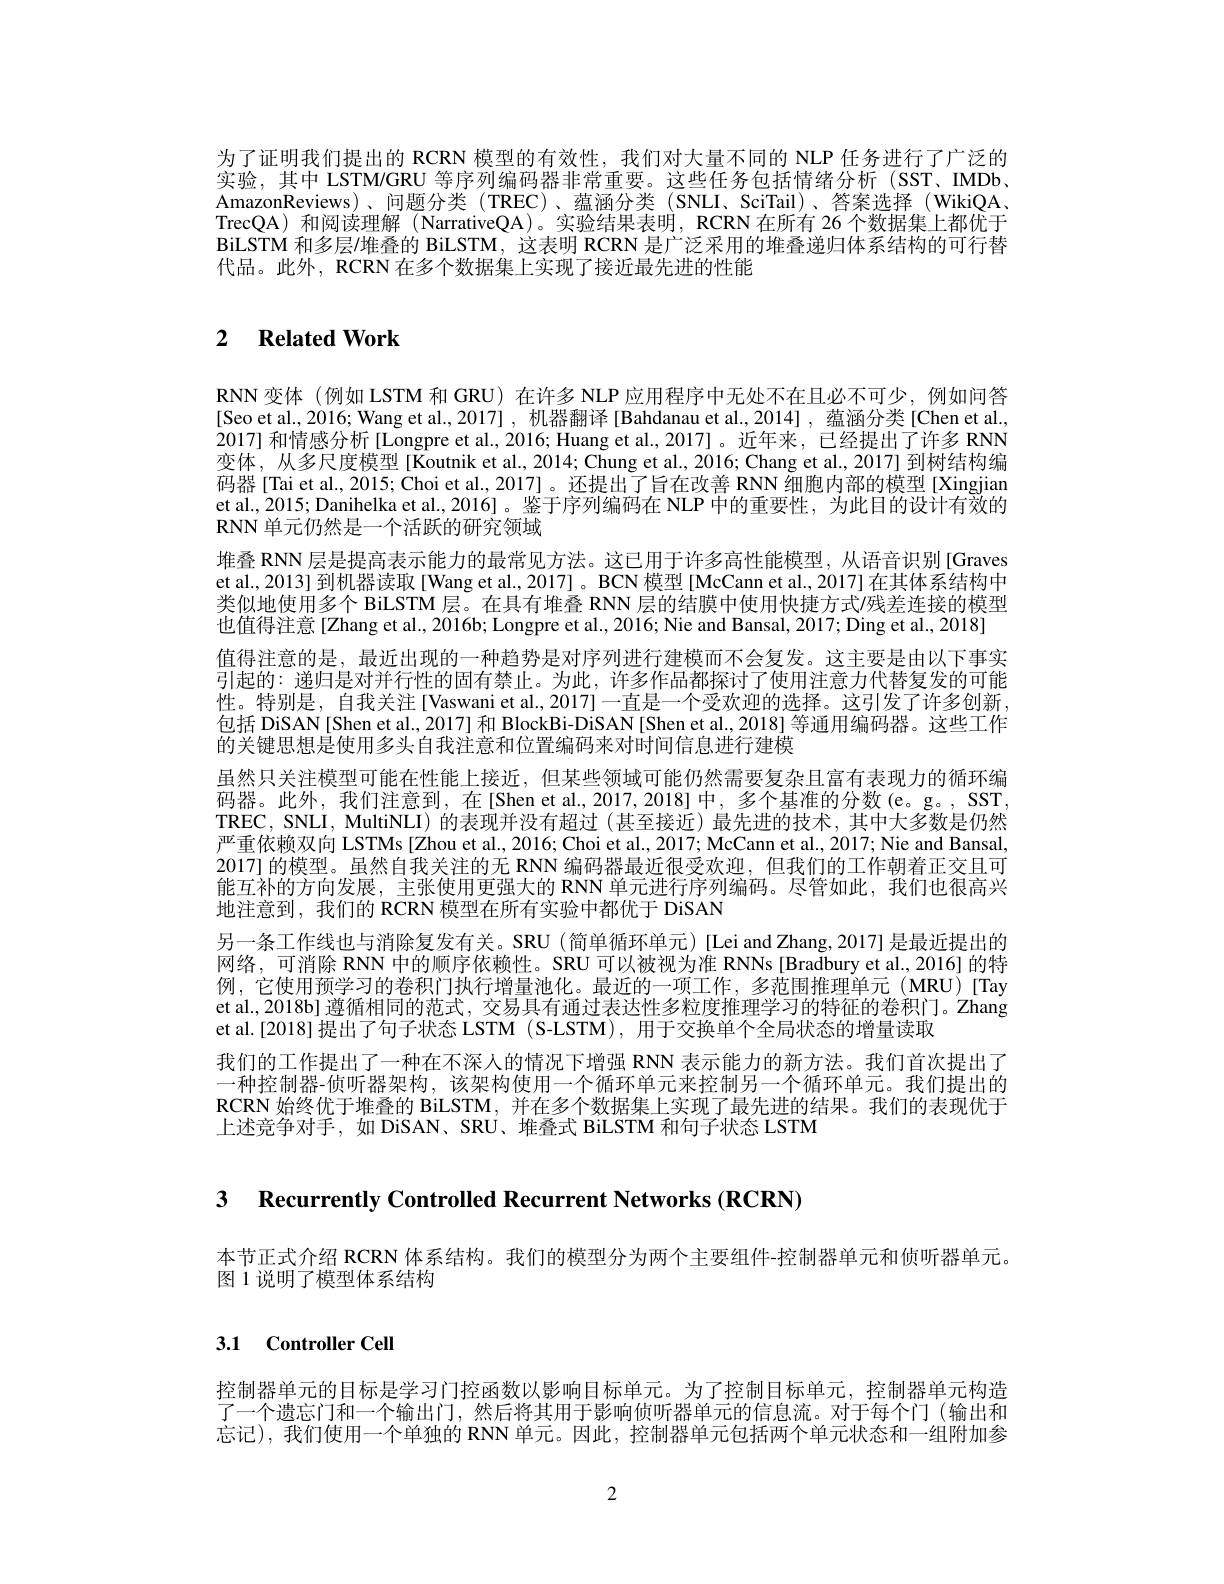
为了证明我们提出的 RCRN 模型的有效性，我们对大量不同的 NLP 任务进行了广泛的实验，其中 LSTM/GRU 等序列编码器非常重要。这些任务包括情绪分析 (SST、IMDb、 AmazonReviews)、问题分类(TREC)、蕴涵分类(SNLI、SciTail)、答案选择(WikiQA、 TrecQA) 和阅读理解 (NarrativeQA)。实验结果表明，RCRN 在所有 26 个数据集上都优于BiLSTM 和多层/堆叠的 BiLSTM, 这表明 RCRN 是广泛采用的堆叠递归体系结构的可行替代品。此外，RCRN 在多个数据集上实现了接近最先进的性能

## 2 $\textbf{Related Work}$

RNN变体(例如 LSTM 和 GRU) 在许多 NLP 应用程序中无处不在且必不可少，例如问答[Seo et al., 2016; Wang et al., 2017] , 机器翻译 [Bahdanau et al., 2014] , 蕴涵分类[Chen et al., 2017]和情感分析[Longpre et al., 2016; Huang et al., 2017]。近年来，已经提出了许多 RNN 变体，从多尺度模型[Koutnik et al., 2014; Chung et al., 2016; Chang et al., 2017] 到树结构编码器 [Tai et al., 2015; Choi et al., 2017] 。还提出了旨在改善 RNN 细胞内部的模型 [Xingjian et al., 2015; Danihelka et al., 2016]。鉴于序列编码在 NLP 中的重要性，为此目的设计有效的$\mathbf{RNN}$单元仍然是一个活跃的研究领域
堆叠 RNN 层是提高表示能力的最常见方法。这已用于许多高性能模型，从语音识别[Graves et al., 2013] 到机器读取[Wang et al., 2017]。BCN 模型 [McCann et al., 2017] 在其体系结构中类似地使用多个 BiLSTM 层。在具有堆叠 RNN 层的结膜中使用快捷方式/残差连接的模型也值得注意[Zhang et al., 2016b; Longpre et al., 2016; Nie and Bansal, 2017; Ding et al., 2018]
值得注意的是，最近出现的一种趋势是对序列进行建模而不会复发。这主要是由以下事实引起的：递归是对并行性的固有禁止。为此，许多作品都探讨了使用注意力代替复发的可能性。特别是，自我关注[Vaswani et al.,2017]一直是一个受欢迎的选择。这引发了许多创新， 包括 DiSAN[Shen et al., 2017] 和 BlockBi-DiSAN[Shen et al., 2018] 等通用编码器。这些工作的关键思想是使用多头自我注意和位置编码来对时间信息进行建模
虽然只关注模型可能在性能上接近，但某些领域可能仍然需要复杂且富有表现力的循环编码器。此外，我们注意到，在[Shen et al,2017,2018]中，多个基准的分数(e。g。,SST, TREC, SNLI, MultiNLI) 的表现并没有超过 (甚至接近) 最先进的技术，其中大多数是仍然严重依赖双向 LSTMs [Zhou et al., 2016; Choi et al., 2017; McCann et al., 2017; Nie and Bansal, 2017] 的模型。虽然自我关注的无 RNN 编码器最近很受欢迎，但我们的工作朝着正交且可能互补的方向发展，主张使用更强大的 RNN 单元进行序列编码。尽管如此，我们也很高兴地注意到，我们的 RCRN 模型在所有实验中都优于 DiSAN
另一条工作线也与消除复发有关。SRU (简单循环单元)[Lei and Zhang,2017]是最近提出的网络，可消除 RNN 中的顺序依赖性。SRU 可以被视为准 RNNs [Bradbury et al., 2016] 的特例，它使用预学习的卷积门执行增量池化。最近的一项工作，多范围推理单元(MRU)[Tay et al., 2018b] 遵循相同的范式，交易具有通过表达性多粒度推理学习的特征的卷积门。Zhang et al.[2018]提出了句子状态 LSTM (S-LSTM), 用于交换单个全局状态的增量读取
我们的工作提出了一种在不深人的情况下增强 RNN 表示能力的新方法。我们首次提出了一种控制器-侦听器架构，该架构使用一个循环单元来控制另一个循环单元。我们提出的RCRN 始终优于堆叠的 BiLSTM,并在多个数据集上实现了最先进的结果。我们的表现优于上述竞争对手，如 DiSAN、SRU、堆叠式 BiLSTM 和句子状态 LSTM

3 Recurrently Controlled Recurrent Networks (RCRN)

本节正式介绍 RCRN 体系结构。我们的模型分为两个主要组件-控制器单元和侦听器单元。
图 1 说明了模型体系结构

3.1 Controller Cell

控制器单元的目标是学习门控函数以影响目标单元。为了控制目标单元，控制器单元构造了一个遗忘门和一个输出门，然后将其用于影响侦听器单元的信息流。对于每个门(输出和忘记),我们使用一个单独的 RNN 单元。因此，控制器单元包括两个单元状态和一组附加参

2